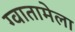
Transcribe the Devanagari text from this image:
ग्वातामेला